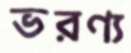
ভরণ্য